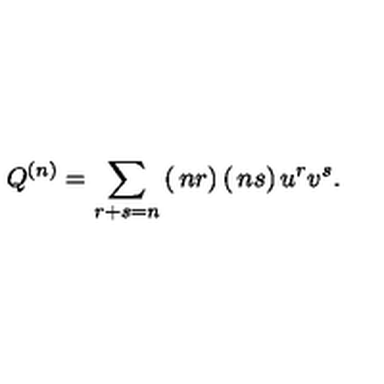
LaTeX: Q ^ { ( n ) } = \sum _ { r + s = n } \left( \begin{matrix} { n } \\ { r } \\ \end{matrix} \right) \left( \begin{matrix} { n } \\ { s } \\ \end{matrix} \right) u ^ { r } v ^ { s } .